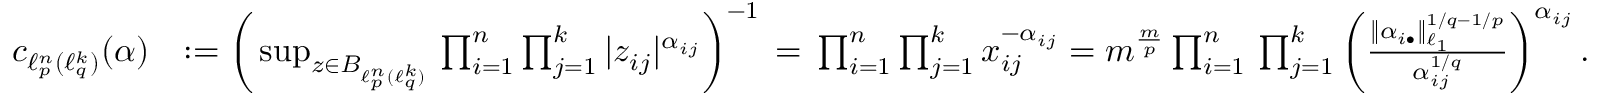
\begin{array} { r l } { c _ { \ell _ { p } ^ { n } ( \ell _ { q } ^ { k } ) } ( \alpha ) } & { : = \bigg ( \operatorname* { s u p } _ { z \in B _ { \ell _ { p } ^ { n } ( \ell _ { q } ^ { k } ) } } \, \prod _ { i = 1 } ^ { n } \prod _ { j = 1 } ^ { k } | z _ { i j } | ^ { \alpha _ { i j } } \bigg ) ^ { - 1 } \, = \, \prod _ { i = 1 } ^ { n } \prod _ { j = 1 } ^ { k } x _ { i j } ^ { - \alpha _ { i j } } = m ^ { \frac { m } { p } } \prod _ { i = 1 } ^ { n } \, \prod _ { j = 1 } ^ { k } \bigg ( \frac { \| \alpha _ { i \bullet } \| _ { \ell _ { 1 } } ^ { 1 / q - 1 / p } } { \alpha _ { i j } ^ { 1 / q } } \bigg ) ^ { \alpha _ { i j } } \, . } \end{array}